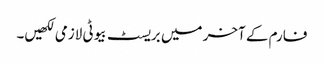
فارم کے آخر میں بریسٹ بیوٹی لازمی لکھیں۔